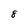
Character: 8